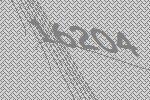
16204